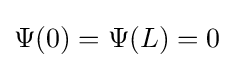
\Psi (0)=\Psi (L)=0